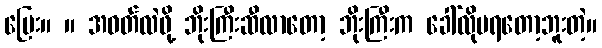
မြေး။ ။ အဝတ်လဲဖို့ ဘိုးကြီးဆီလာတော့ ဘိုးကြီးက ခေါ်လိုမရတော့ဘူးတဲ့။